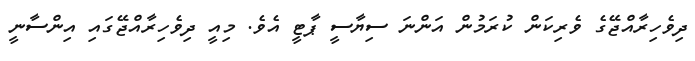
ދިވެހިރާއްޖޭގެ ވެރިކަން ކުރަމުން އަންނަ ސިޔާސީ ޕާޓީ އެވެ. މިއީ ދިވެހިރާއްޖޭގައި އިންސާނީ